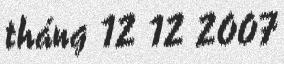
tháng 12 12 2007